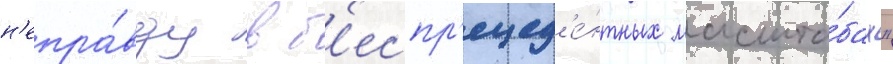
н'епра́вду в б'еспр'ецед'е́нтных масшта́бах"